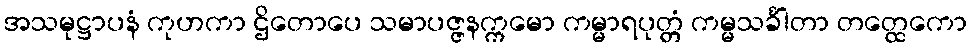
အသမုဋ္ဌာပနံ ကုဟကာ ဌိတောပေ သမာပဇ္ဇနက္ကမော ကမ္မာရပုတ္တံ ကမ္မသင်္ခါတာ တတ္ထေကော